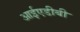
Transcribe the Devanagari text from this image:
आईएडीबी